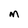
Character: M